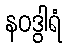
နဝဒွါရံ